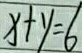
x + y = 6